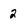
Character: 2